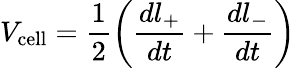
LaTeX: V_{\mathrm{cell}}=\frac{1}{2}\left(\frac{dl_{+}}{dt}+\frac{dl_{-}}{dt}\right)